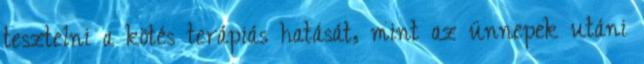
tesztelni a kötés terápiás hatását, mint az ünnepek utáni